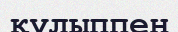
құлыппен